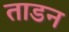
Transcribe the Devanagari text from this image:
ताडन